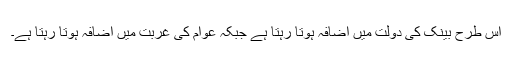
اس طرح بینک کی دولت میں اضافہ ہوتا رہتا ہے جبکہ عوام کی غربت میں اضافہ ہوتا رہتا ہے۔